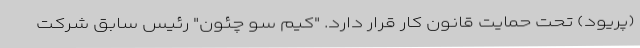
(پریود) تحت حمایت قانون کار قرار دارد. "کیم سو چئون" رئیس سابق شرکت